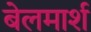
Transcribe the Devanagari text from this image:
बेलमार्श